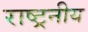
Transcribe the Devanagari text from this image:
राष्ट्रनीय